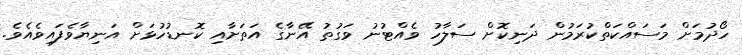
ހޯދުމަށް މަސައްކަތްކުރަމުން ދަނިކޮށް ސަލާހު ވެއްޓުނު ވަގުތު އޭނާގެ އަތަށާއި ކޮނޑުހުޅަށް އަނިޔާވެފައިވެއެވެ.